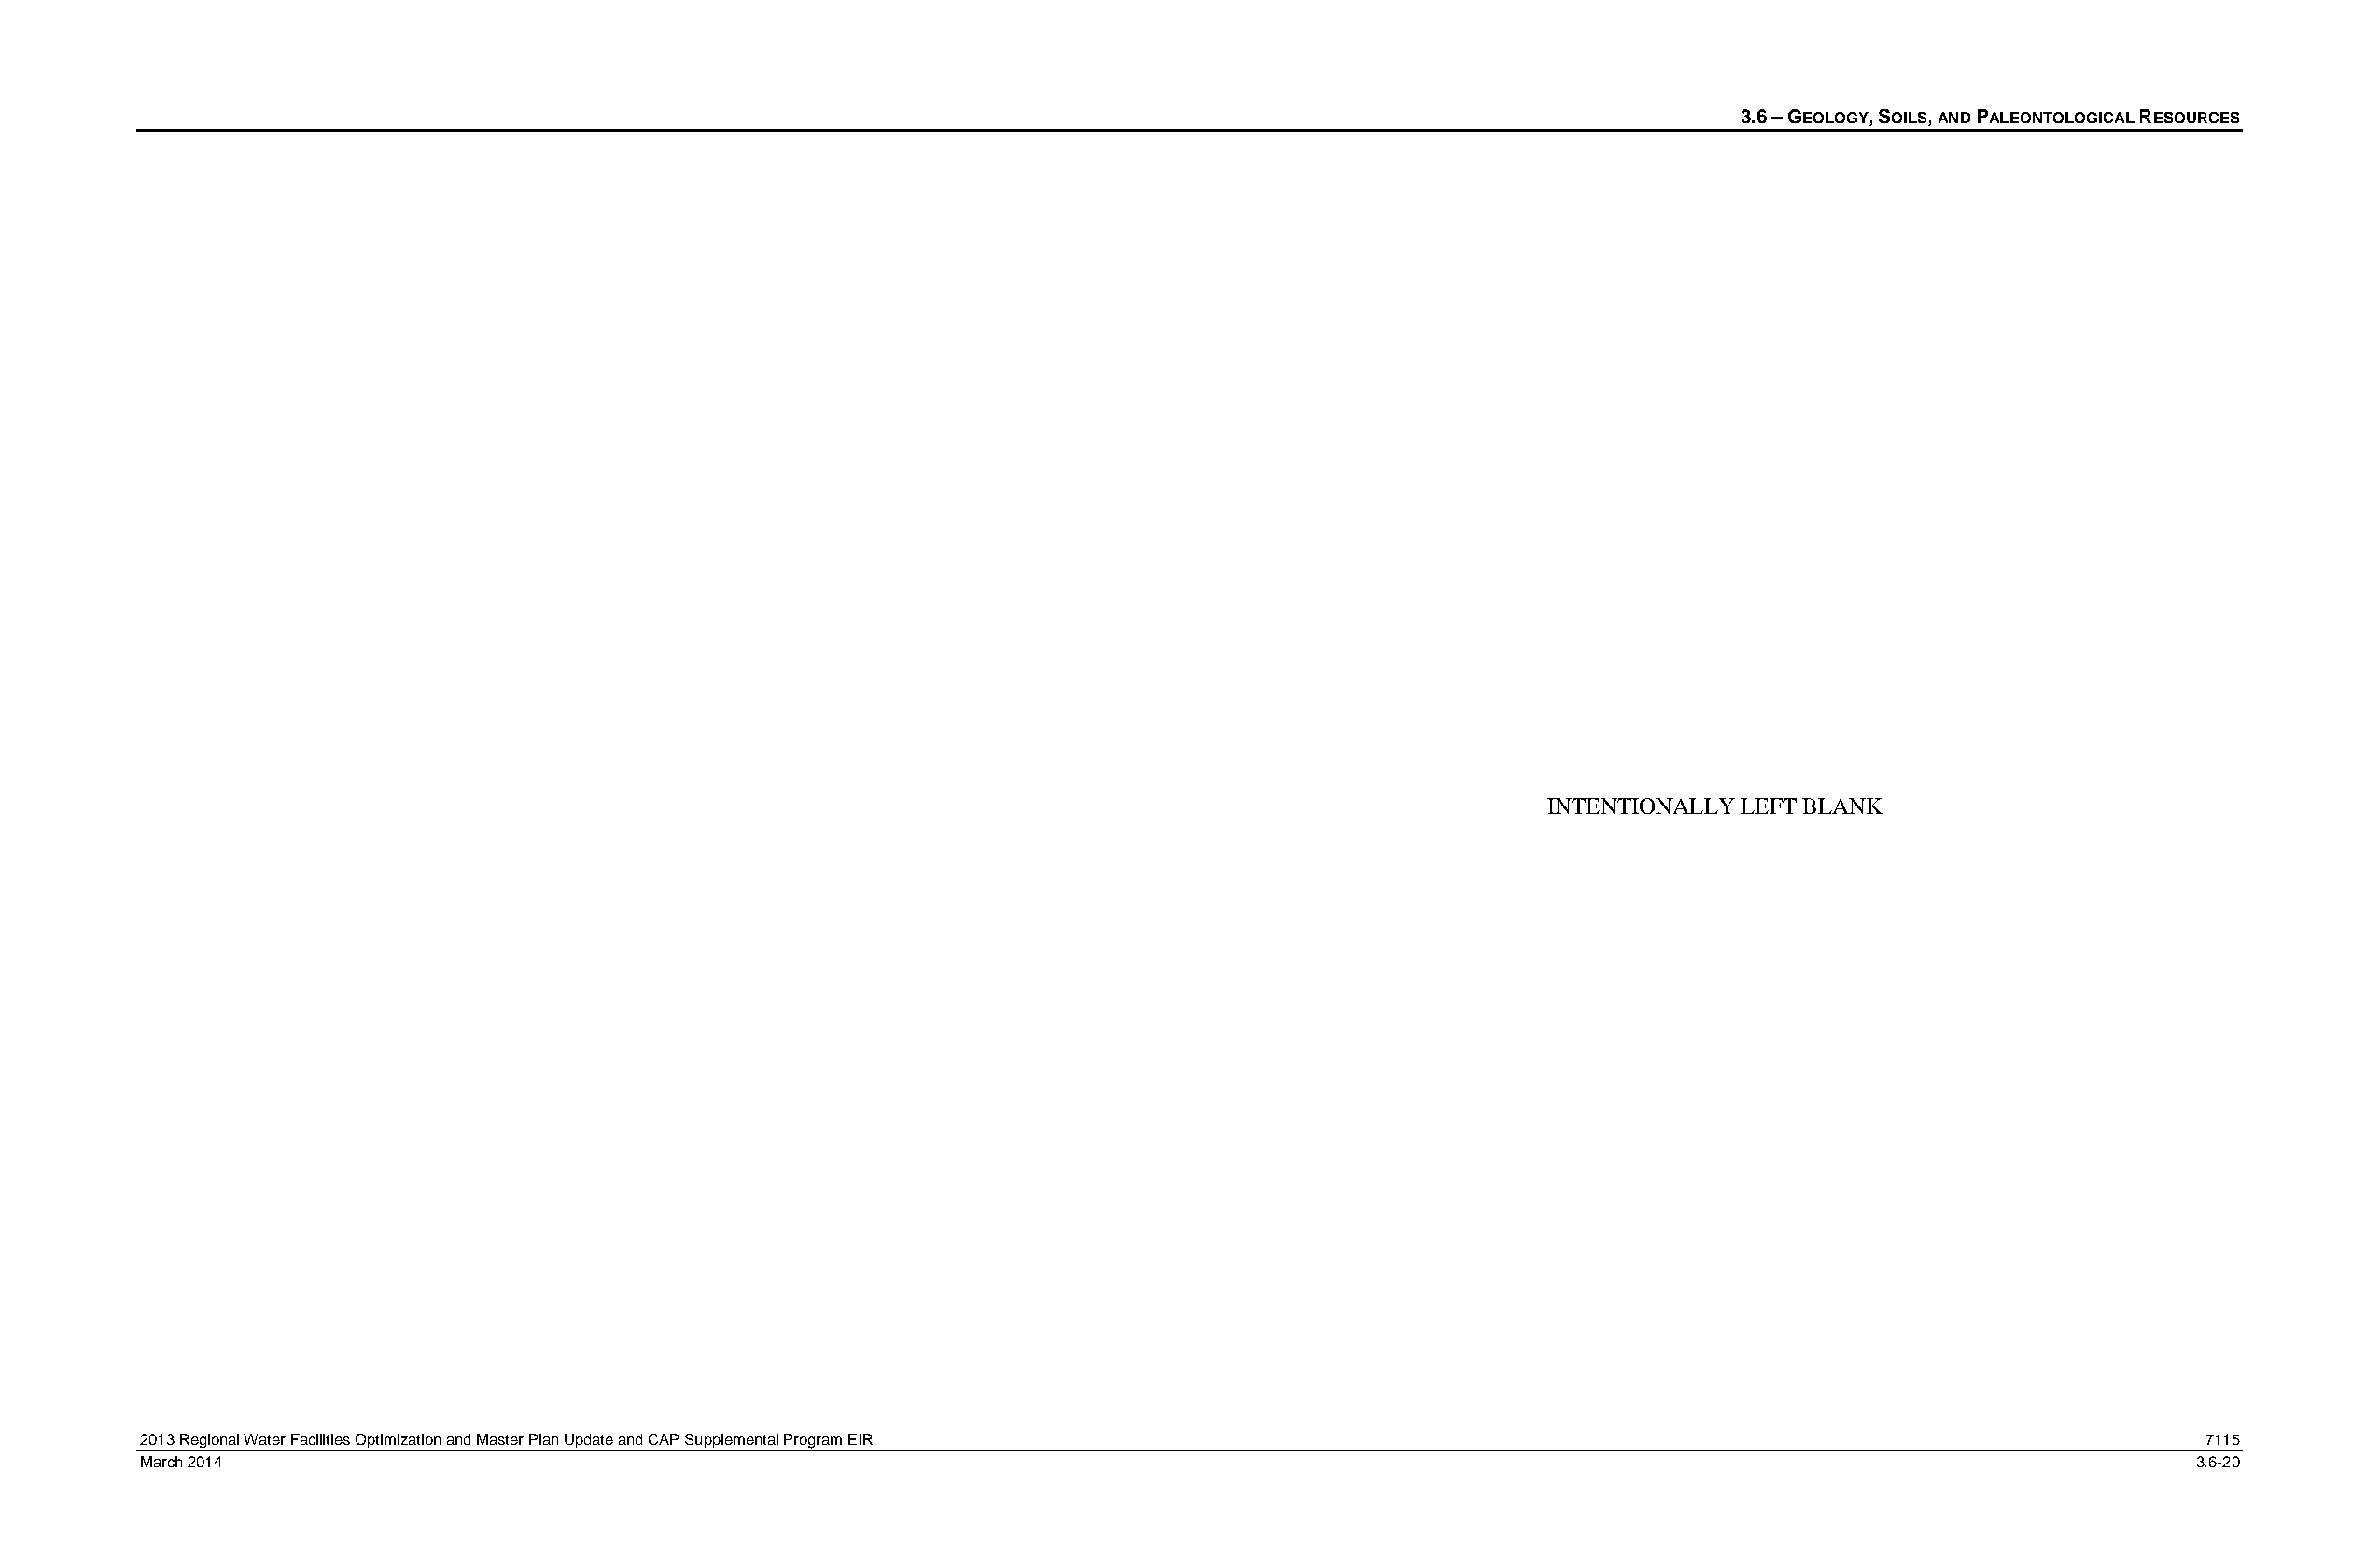
3.6 – GEOLOGY, SOILS, AND PALEONTOLOGICAL RESOURCES
 INTENTIONALLY LEFT BLANK
 2013 Regional Water Facilities Optimization and Master Plan Update and CAP Supplemental Program EIR                                               7115
 March 2014                                                                                                                                        3.6-20